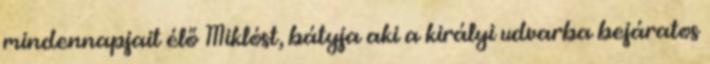
mindennapjait élő Miklóst, bátyja aki a királyi udvarba bejáratos